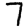
Digit: 7